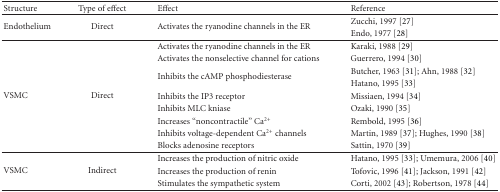
<table><thead><tr><td><b>Structure</b></td><td><b>Type of effect</b></td><td><b>Effect</b></td><td><b>Reference</b></td></tr></thead><tbody><tr><td rowspan="2">Endothelium</td><td rowspan="2">Direct</td><td rowspan="2">Activates the ryanodine channels in the ER</td><td>Zucchi,1997 [27]</td></tr><tr><td>Endo, 1977 [28] </td></tr><tr><td rowspan="9">VSMC</td><td rowspan="9">Direct</td><td>Activates the ryanodine channels in the ER</td><td>Karaki, 1988 [29]</td></tr><tr><td>Activates the nonselective channel for cations</td><td>Guerrero, 1994 [30]</td></tr><tr><td rowspan="2">Inhibits the cAMP phosphodiesterase</td><td>Butcher, 1963 [31]; Ahn, 1988 [32]</td></tr><tr><td>Hatano, 1995 [33]</td></tr><tr><td>Inhibits the IP3 receptor</td><td>Missiaen, 1994 [34]</td></tr><tr><td>Inhibits MLC kniase</td><td>Ozaki, 1990 [35]</td></tr><tr><td>Increases “noncontractile” Ca<sup>2+</sup></td><td>Rembold, 1995 [36]</td></tr><tr><td>Inhibits voltage-dependent Ca<sup>2+</sup> channels</td><td>Martin, 1989 [37]; Hughes, 1990 [38]</td></tr><tr><td>Blocks adenosine receptors</td><td>Sattin, 1970 [39]</td></tr><tr><td rowspan="3">VSMC</td><td rowspan="3">Indirect</td><td>Increases the production of nitric oxide</td><td>Hatano, 1995 [33]; Umemura, 2006 [40]</td></tr><tr><td>Increases the production of renin</td><td>Tofovic, 1996 [41]; Jackson, 1991 [42]</td></tr><tr><td>Stimulates the sympathetic system</td><td>Corti, 2002 [43]; Robertson, 1978 [44]</td></tr></tbody></table>